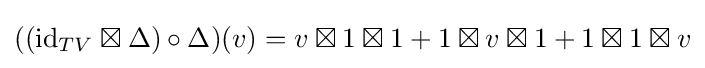
((\mathrm {id} _{TV}\boxtimes \Delta )\circ \Delta )(v)=v\boxtimes 1\boxtimes 1+1\boxtimes v\boxtimes 1+1\boxtimes 1\boxtimes v